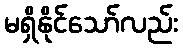
မရှိနိုင်သော်လည်း